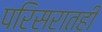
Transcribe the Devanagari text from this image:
परिसरातही